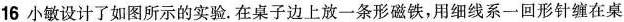
16小敏设计了如图所示的实验。在桌子边上放一条形磁铁，用细线系一回形针缠在桌